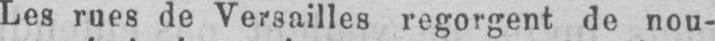
Les rues de Versailles regorgent de nou-